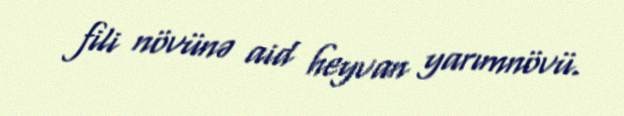
fili növünə aid heyvan yarımnövü.